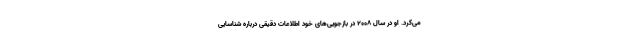
می‌کرد. او در سال ۲۰۰۸ در بازجویی‌های خود اطلاعات دقیقی درباره شناسایی